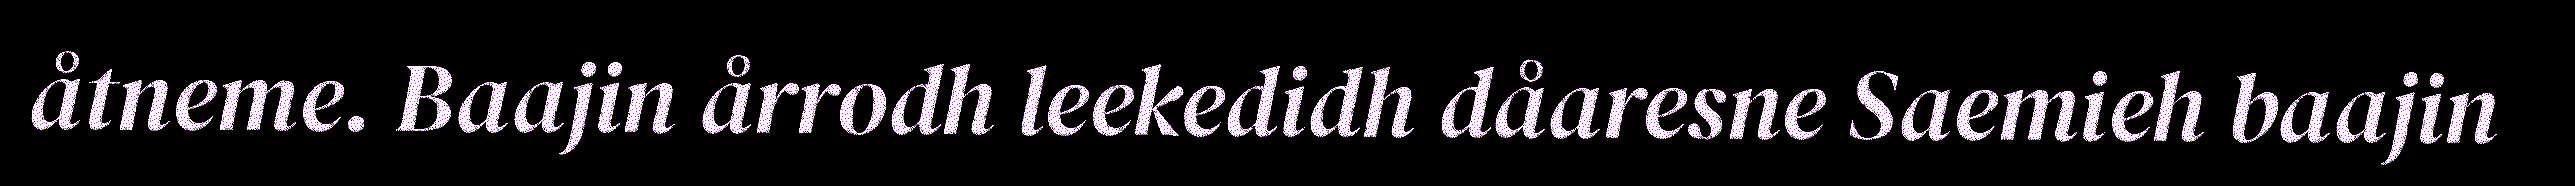
åtneme. Baajin årrodh leekedidh dåaresne Saemieh baajin